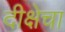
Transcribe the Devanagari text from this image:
दीक्षेचा